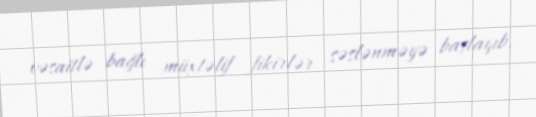
vəsaitlə bağlı müxtəlif fikirlər səslənməyə başlayıb.